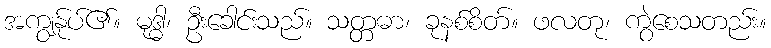
အကျွန်ုပ်၏။ မုဒ္ဓါ၊ ဦးခေါင်းသည်။ သတ္တဓာ၊ ခုနစ်စိတ်။ ဖလတု၊ ကွဲစေသတည်း။